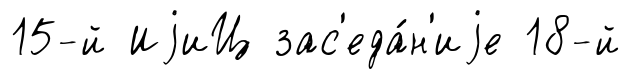
15-й ИjиЦ зас'еда́н'иjе 18-й